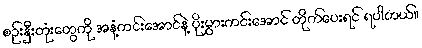
စဉ်းနှီးတုံးတွေကို အနံ့ကင်းအောင်နဲ့ ပိုးမွှားကင်းအောင် တိုက်ပေးရင် ရပါတယ်။